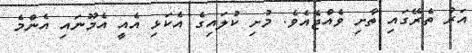
އަރު ތެރޭގައި ތާށި ވެއްޖެއެވެ. މުށި ކުލައިގެ އެކަޅި އެއީ އެމޫނައި އެންމެ